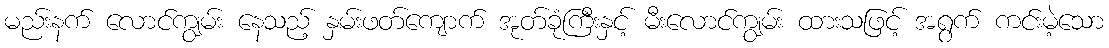
မည်းနက် လောင်ကျွမ်း နေသည့် နှမ်းဖတ်ကျောက် အုတ်ခုံကြီးနှင့် မီးလောင်ကျွမ်း ထားသဖြင့် အရွက် ကင်းမဲ့သော